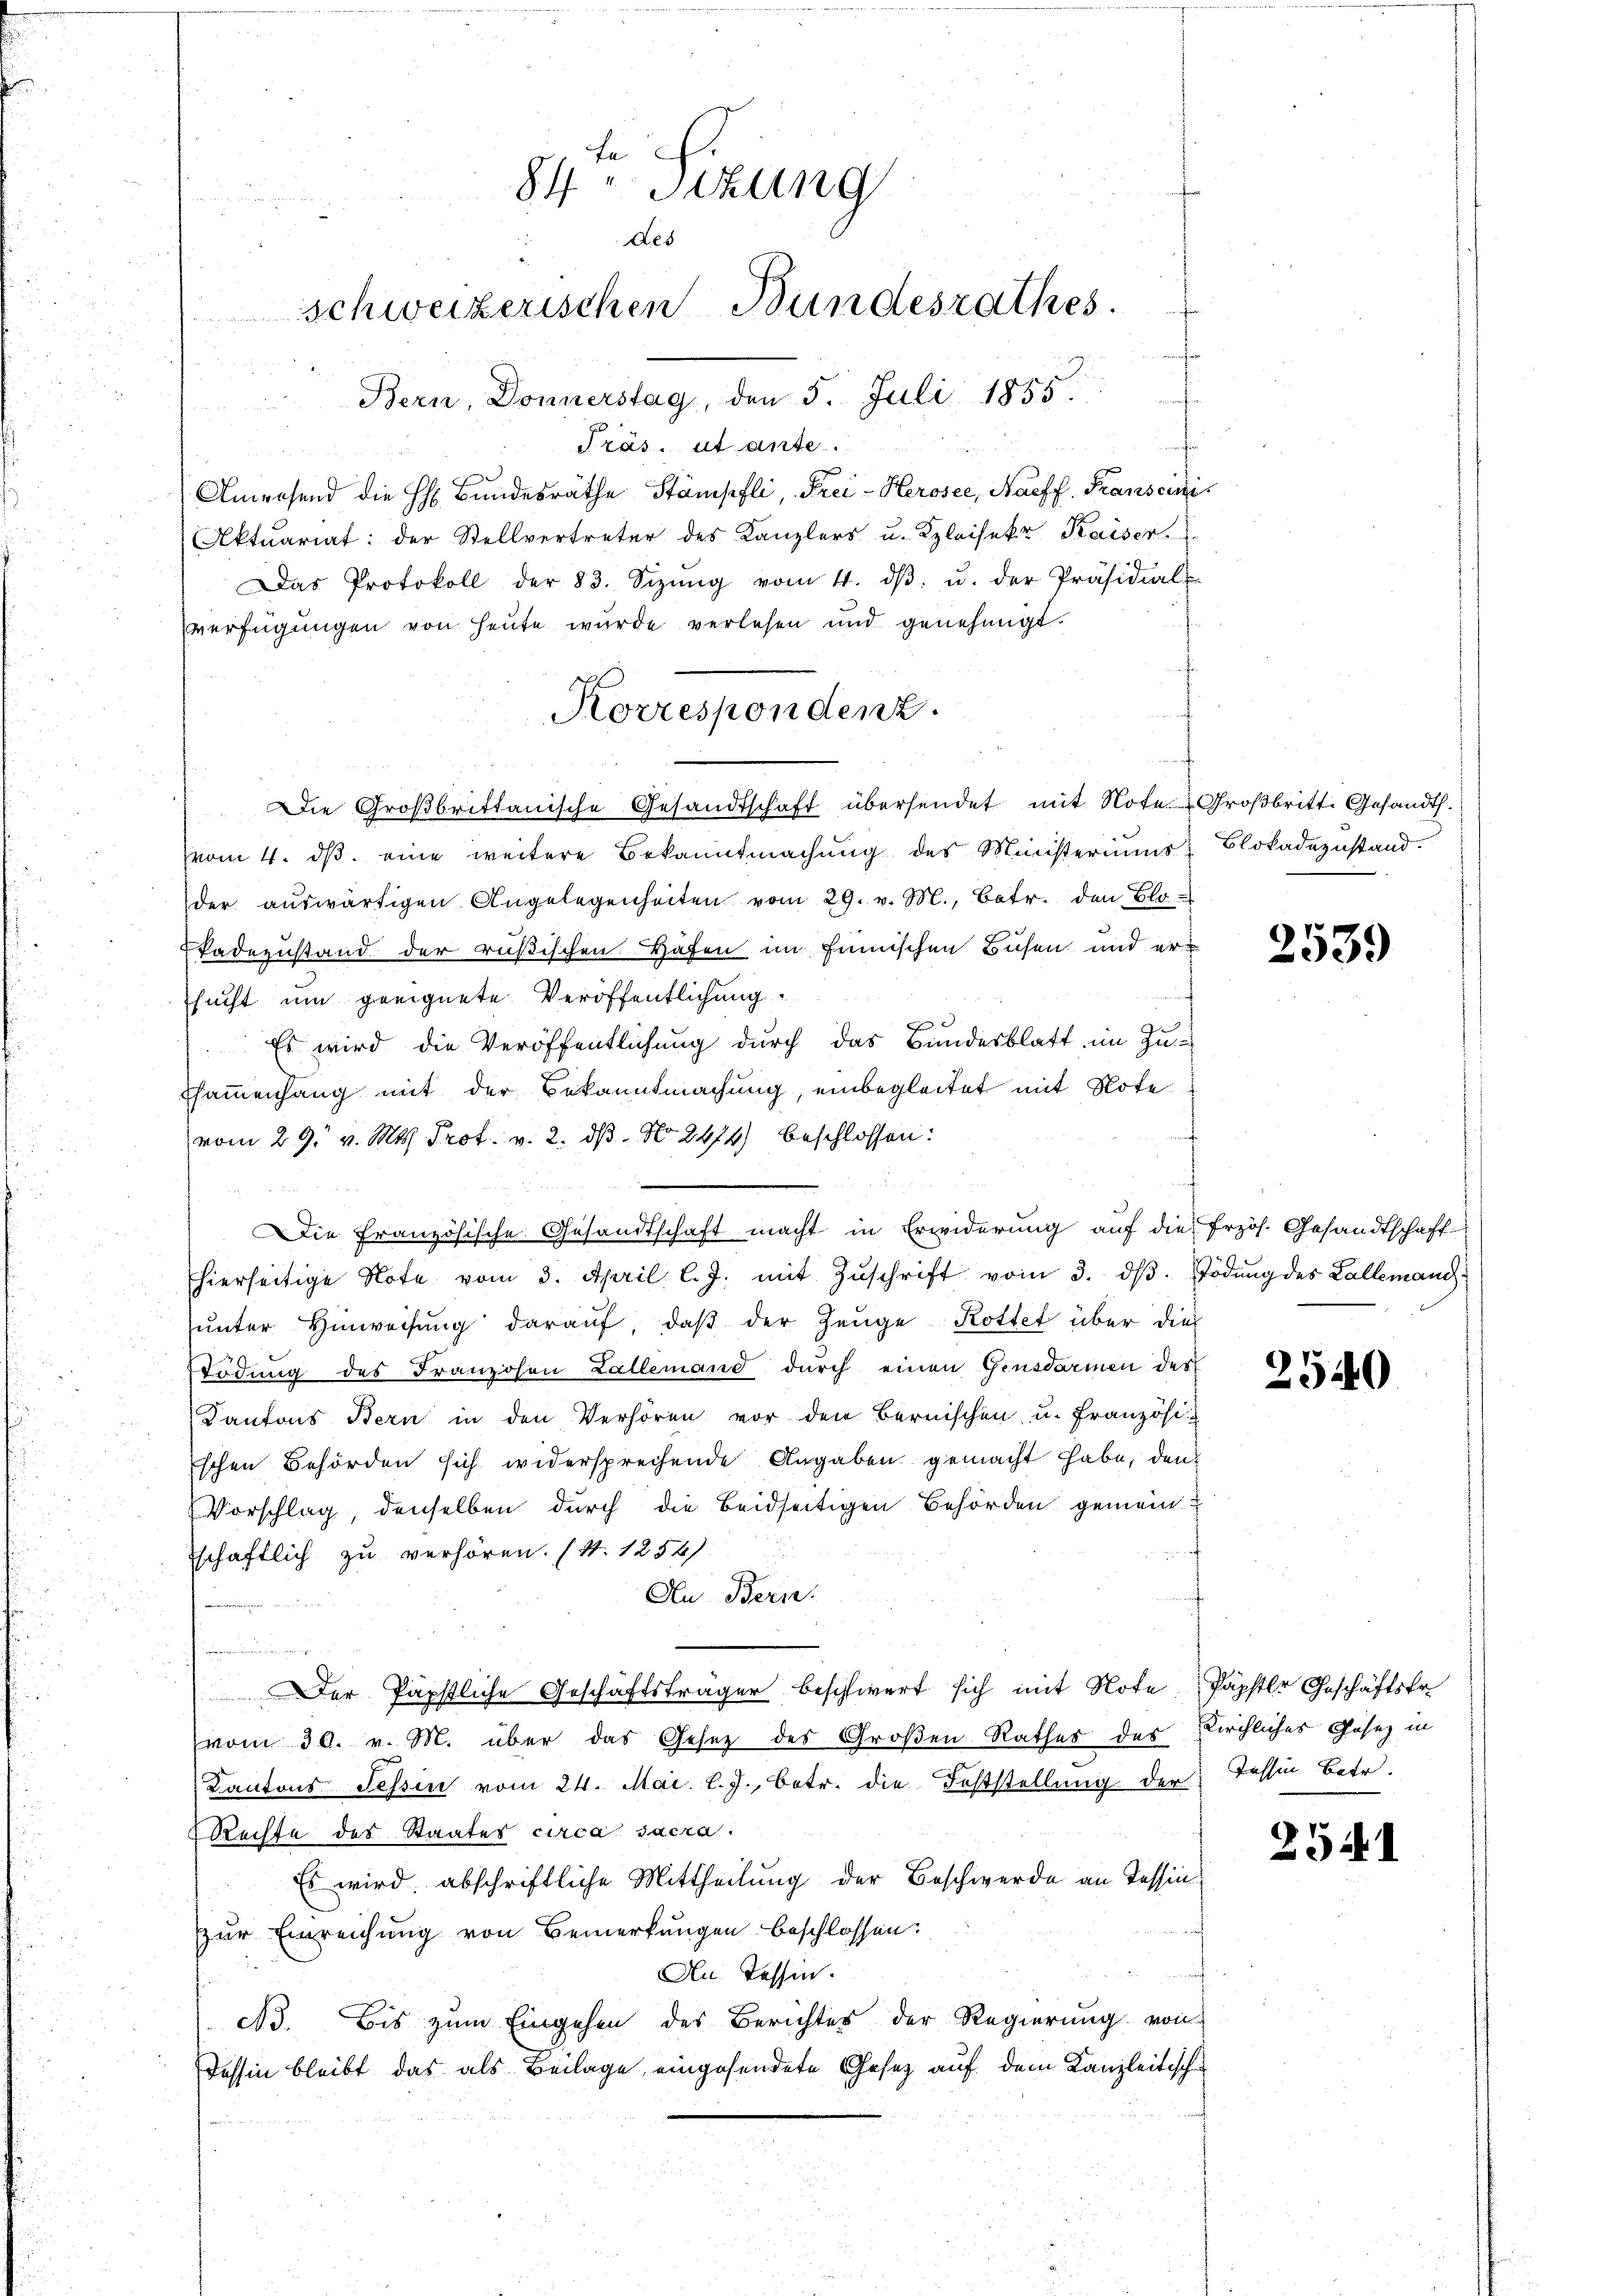
84. Sitzung
des
schweizerischen Bundesrathes.
Bern, Donnerstag, den 5. Juli 1855.

t
Träs. et anse
Anwesend die H. Bundesräthe Stämpfli, Frei-Herosee, Naeff. Franscini
Aktuariat: der Stellvertreter des Kanzlers u. Kleisekr. Kaiser.
Das Protokoll der 83. Sizŭng vom 4. dβ. u. der Präsidial-
verfügungen von Heute wurde verlesen und genehmigt.
Die Großbrittanische Gesandtschaft übersendet mit Note Großbritt. Gesandth.
vom 4. ds. eine weitere Bekanntmachung des Ministeriums
der aŭswärtigen Angelegenheiten vom 29. v. M., betr. den Blo-
Padezustand der rußischen Hafen im finnischen Busen und ersucht um geeignete Veröffentlichung.
Es wird die Veröffentlichung durch das Bundesblatt im Zu-
sammenhang mit der Bekanntmachung, einbegleitet mit Note
vom 29. v. Mts. Prof. v. 2. ds. No. 2474) beschlossen:
Die Französische Gesandtschaft macht in Erwiderung auf die frzös. Gesandtschaft
hierseitige Note vom 3. April l. J. mit Zŭschrift vom 3. dβ. ödung des Lallemangŭnter Hinweisŭng daraŭf, daβ der Zeŭge Rottet über dies
Erdung des Franzosen Lallemand durch einen Gensdarmen der
Kantons Bern in den Verhören vor den Bernischen u. Französi
schen Behörden sich widersprechende Angaben gemacht habe, den
Vorschlag, denselben durch die beidseitigen Behörden gemein
schaftlich zu verhören. (S. 1254).
An Bern.
Der Päpstliche Geschäftsträger beschwert sich mit Note
vom 30. v. M. über das Gesetz des Großen Rathes des Kirchliches Gesez in
Kantons Tessin vom 24. Mai. l. J., betr. die Feststellung der Tessin Betr.
Rechte des Staates circa sacra.
Es wird abschriftliche Mittheilung der Beschwerde an Tessinzur Einreichung von Bemerkungen beschlossen:
An. Tessen.
A3. Bis zum Eingehen des Berichtes der Regierung von
Tessin bleibt das als Beilage, eingesendete Gesetz auf dem Kanzleitische

Korrespondenz.

Blokadezustand.

2539

2540

Päpfter Geschäftsfr

2541